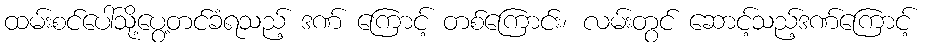
ထမ်းစင်ပေါ်သို့ပွေ့တင်ခံရသည့် ဒဏ် ကြောင့် တစ်ကြောင်း၊ လမ်းတွင် ဆောင့်သည့်ဒဏ်ကြောင့်